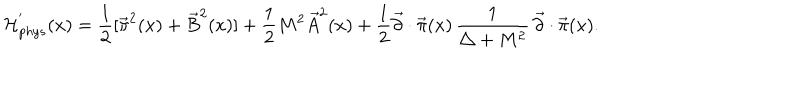
{ \cal H } _ { p h y s } ^ { ' } ( x ) = { \frac { 1 } { 2 } } [ { \vec { \pi } } ^ { 2 } ( x ) + { \vec { B } } ^ { 2 } ( x ) ] + { \frac { 1 } { 2 } } M ^ { 2 } { \vec { A } } ^ { 2 } ( x ) + { \frac { 1 } { 2 } } \vec { \partial } \cdot \vec { \pi } ( x ) \, { \frac { 1 } { \triangle + M ^ { 2 } } } \, \vec { \partial } \cdot \vec { \pi } ( x ) .